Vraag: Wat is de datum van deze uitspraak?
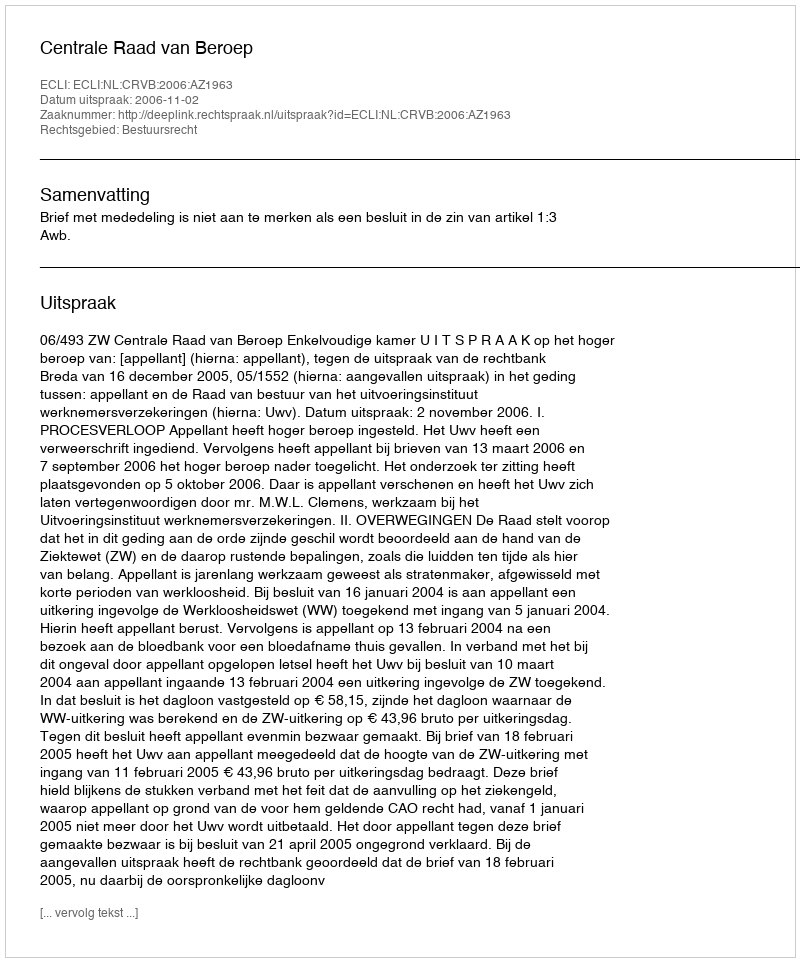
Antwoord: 2006-11-02